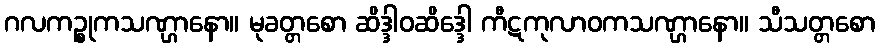
ဂလကဉ္စုကသဏ္ဌာနော။ မုခတ္တစော ဆိဒ္ဒါဝဆိဒ္ဒေါ ကီဋကုလာဝကသဏ္ဌာနော။ သီသတ္တစော